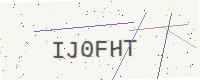
Text: IJ0FHT